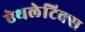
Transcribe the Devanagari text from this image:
ऐथलेटिक्स